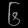
Digit: ၆